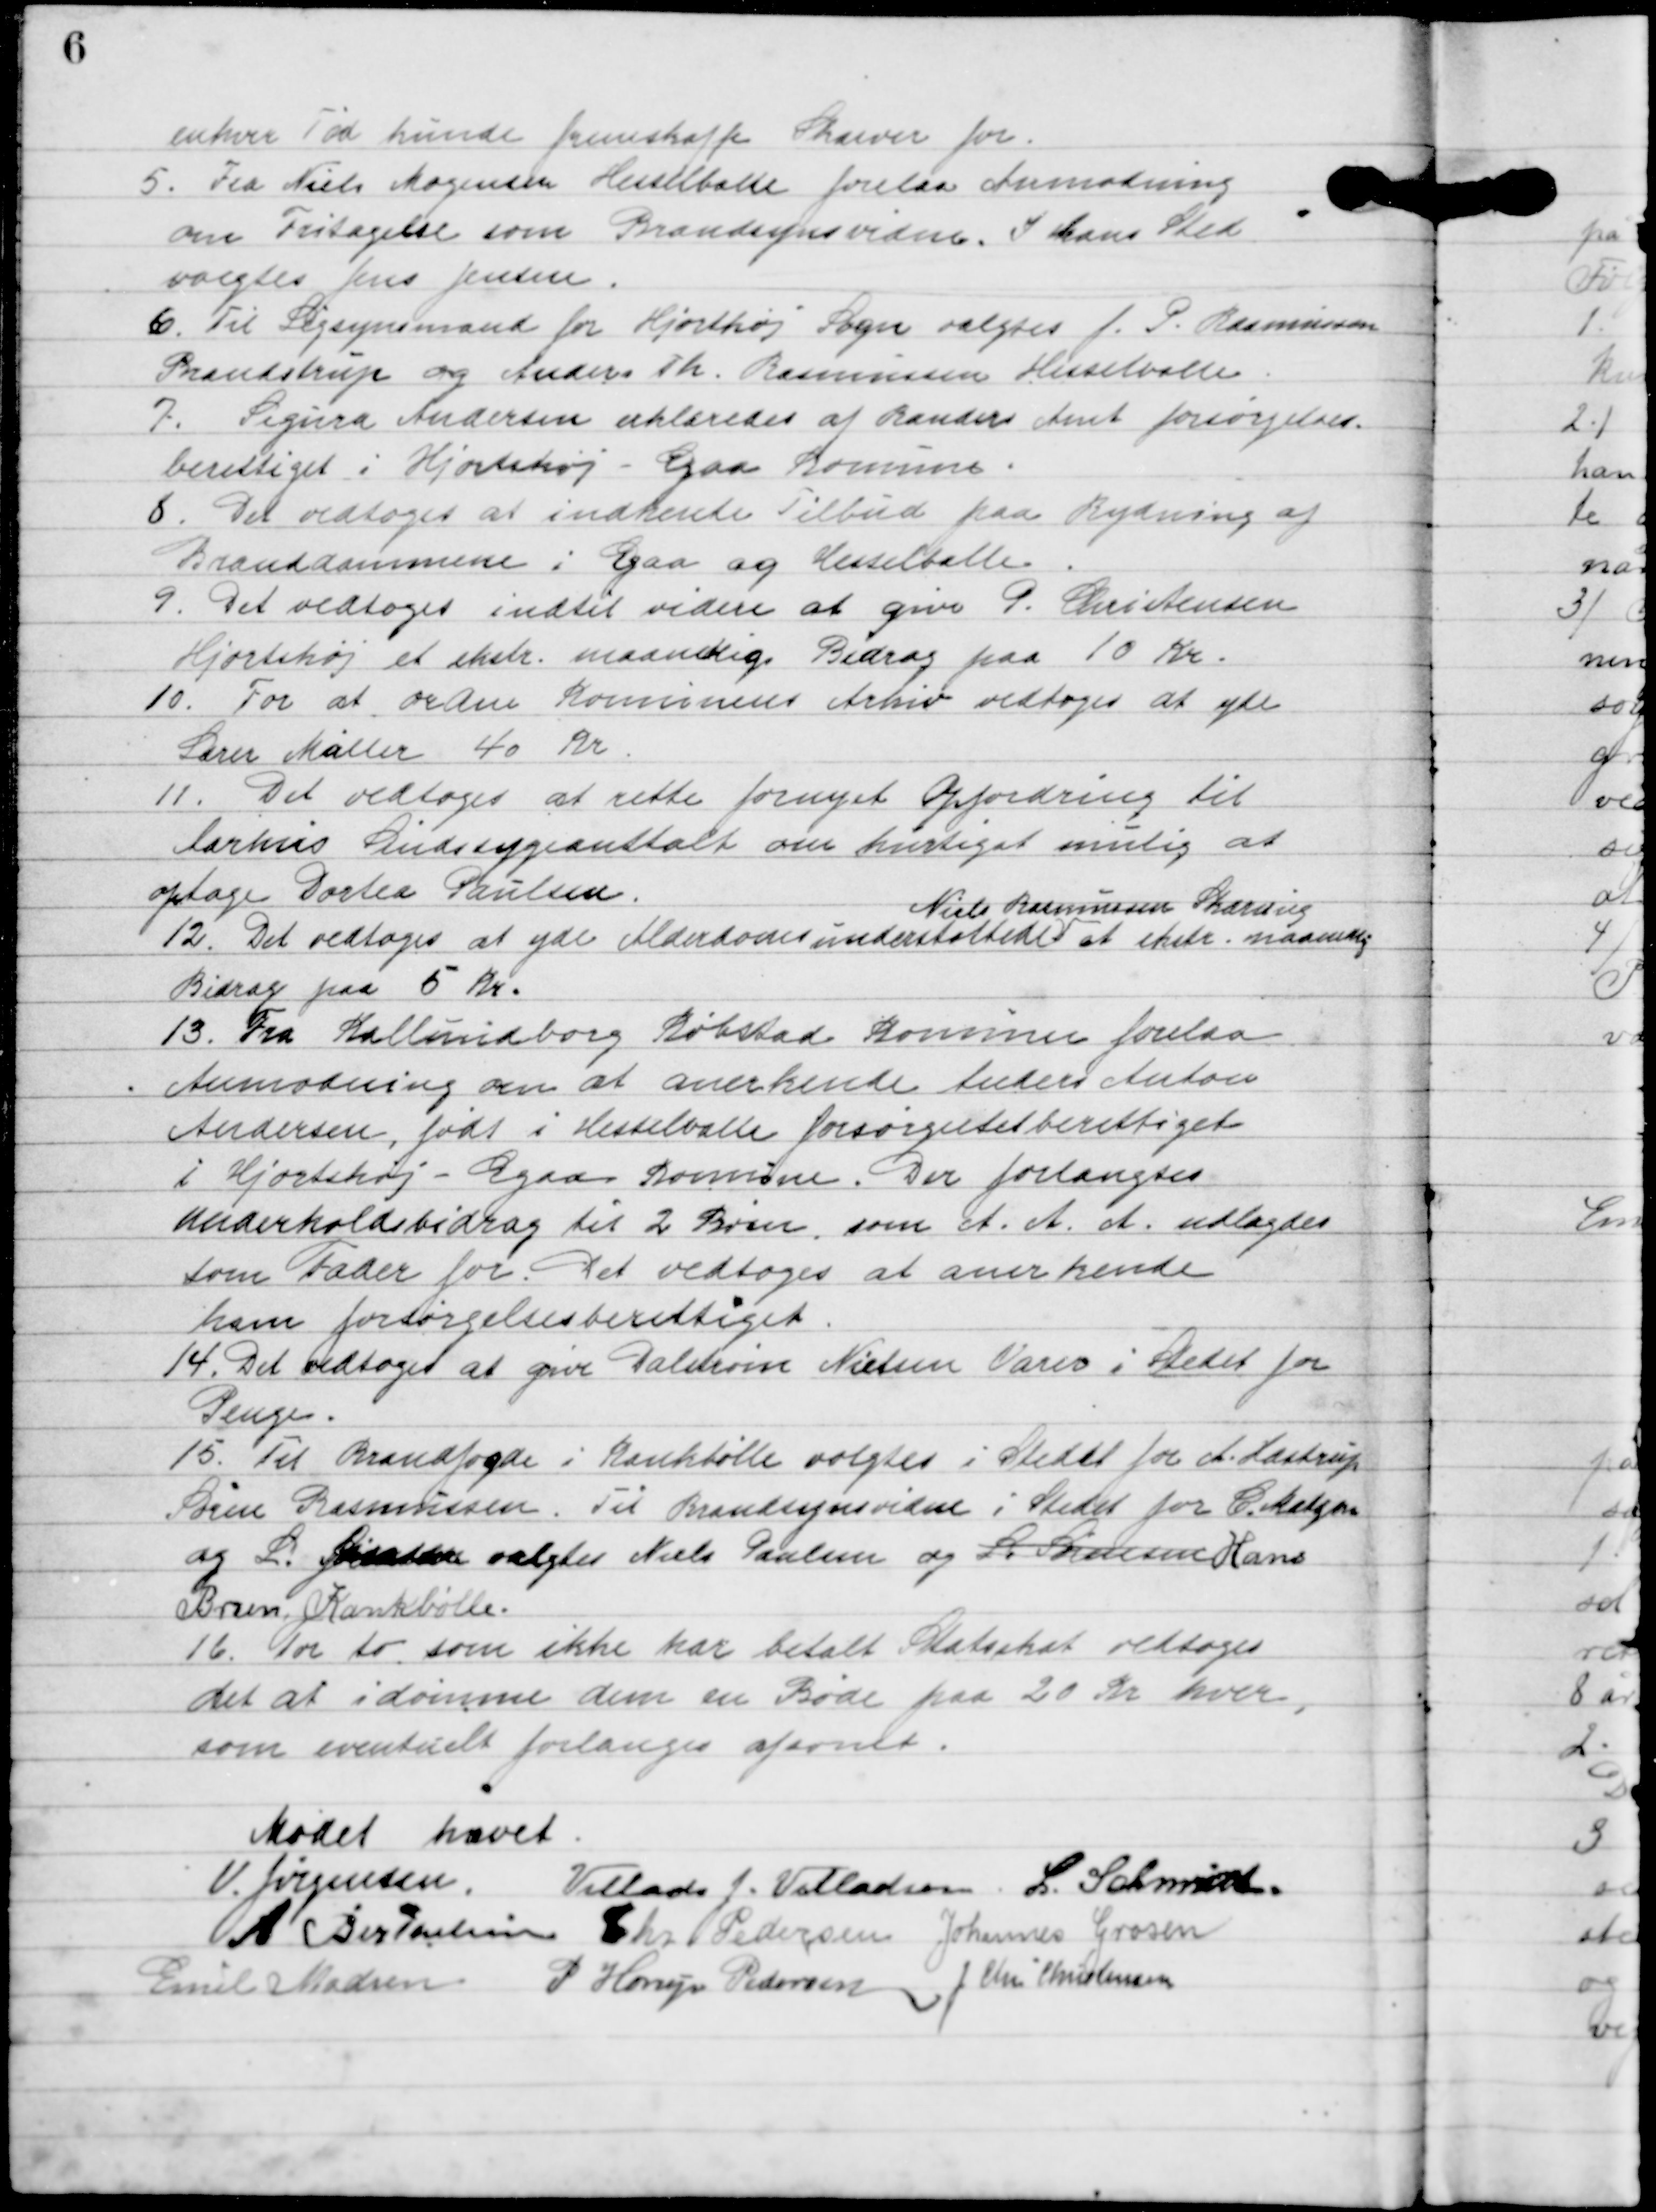
Transskription:
enhver Tid kunde fremskaffe Skærver for.

5

Fra Niels Mogensens Hesselballe forelaa anmodning
om Fritagelse som Brandmandsvidne. I hans Sted
valgtes Jens Jensen.

6

Til Ligsynsmand for Hjortshøj Sogn valgtyes J. P. Rasmussen
Brandstrup og Anders th. Rasmussen Hesselballe.

7

Sigurd Andersen erklæredes af Randers Amt forsørgelsesret.
berettiget i Hjortshøj-Egaa Kommune.

8

Det vedtoges at indhente Tilbud fra Rydning af
Branddammen i Egaa og Hesselballe.

9

Det vedtoges indtil videre at give G. Christensen
Hjortshøj et ekstra maandlig bidrag paa 10 kr.

10

For at ordne Kommunens Arkiv vedtoges at yde
Lærer Møller 40 kr.

11

Det vedtoges at rette fornyet anfordring til
Aarhus Ligsynsanstalt om hurtigt mulig at
optage Dortea Paulsen.

12

Det vedtoges at yde Alderdomsunderstøttede
Niels Rasmussen Skæring
et ekstra maanelig
bidrag paa 5 kr.

13

Fra Kalundborg Købstad Kommune forelaa
Anmodning om at anerkende Anders  Anton
Andersen, født i Hesselballe forsørgelsesberettiget
i Hjortshøj-Egaa Kommune. Der forlangtes
underholdsbidrag til 2 Børn, som A. A. A. udtoges
som Fader for. Det vedtoges at anerkende
ham forsørgelsesberettiget.

14

Det vedtoges at give Valdemar Nielsen varer i stedet for
Penge.

15

Til Brandfoged i Krankbølle valgtes i stedet for A. Hastrup 
Søren Rasmussen. Til Brandsynsvidne i Stedet for C. Helgen og 
L. Sørensen valgtes Niels Paulsen og L Sørensen Hans 
Brun, Kankbølle.

16

For to som ikke har betalt Statsskat vedtoges
det at idømme dem en Bøde paa 20 kr. hver,
som eventuelt forlanges afsendt.

Mødet hævet.

V. Jørgensen
Villads J. Villadsen
L. Schmidt
A. Berthelsen
Chr. Pedersen
Johannes Grosen
Emil Madsen
P. Horup Pedersen
J. Chr. Christensen